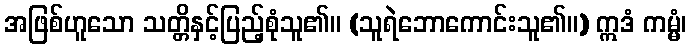
အဖြစ်ဟူသော သတ္တိနှင့်ပြည့်စုံသူ၏။ (သူရဲဘောကောင်းသူ၏။) ဣဒံ ကမ္မံ၊